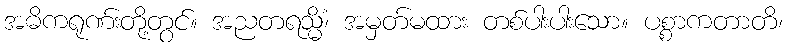
အဓိကရုဏ်းတို့တွင်။ အညတရသ္မိံ၊ အမှတ်မထား တစ်ပါးပါးသော။ ပစ္စာကတာတိ၊